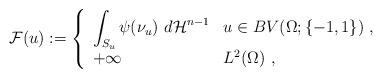
LaTeX: \begin{align*}\mathcal{F}(u):=\left\{\begin{array}[c]{ll}\displaystyle\int_{S_{u}}\psi(\nu_{u})~d\mathcal{H}^{n-1} & u\in BV(\Omega;\{-1,1\})~,\\+\infty & L^{2}(\Omega)~,\end{array}\right. \end{align*}